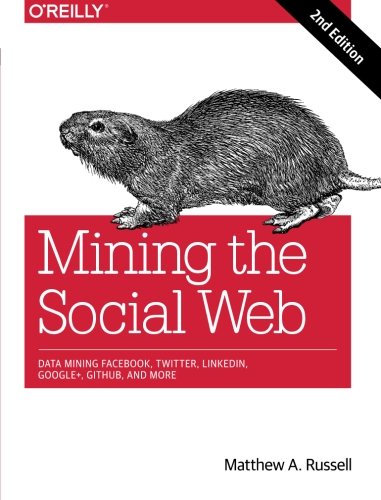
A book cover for Mining the Social Web: Data Mining Facebook, Twitter, LinkedIn, Google+, GitHub, and More; Matthew A. Russell; Computers & Technology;